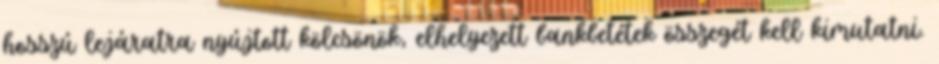
hosszú lejáratra nyújtott kölcsönök, elhelyezett bankbetétek összegét kell kimutatni.